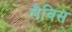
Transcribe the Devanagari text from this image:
लैविस